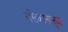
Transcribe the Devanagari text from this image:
रसिकांनासुद्धा